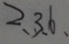
2 , 3 , 6